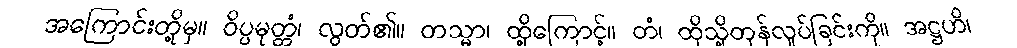
အကြောင်းတို့မှ။ ဝိပ္ပမုတ္တံ၊ လွတ်၏။ တသ္မာ၊ ထို့ကြောင့်။ တံ၊ ထိုသို့တုန်လှုပ်ခြင်းကို။ အဋ္ဌဟိ၊